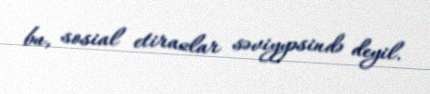
bu, sosial etirazlar səviyyəsində deyil.